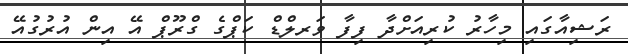
ރަޝިއާގައި މިހާރު ކުރިއަށްދާ ފިފާ ވަރލްޑް ކަޕްގެ ގްރޫޕް އޭ އިން އުރުގުއޭ